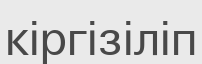
кіргізіліп